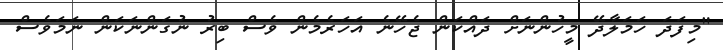
"މިފަދަ ހަމަލާދޭ މީހުންނަށް ދައްކަން ޖެހޭނެ އަހަރެމެން ވެސް ބިރު ނުގަންނަކަން ނަމަވެސް